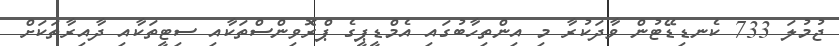
ޖުމުލަ 733 ކެނޑިޑޭޓުން ވާދަކުރާ މި އިންތިހާބުގައި އެމްޑީޕީގެ ޕްރޮވިންސްތަކާއި ސިޓީތަކާއި ދާއިރާތަކަށް